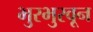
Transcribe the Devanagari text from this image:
भुरभुरवून